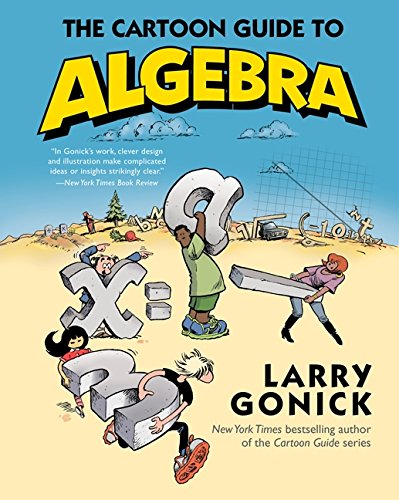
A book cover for The Cartoon Guide to Algebra (Cartoon Guide Series); Larry Gonick; Comics & Graphic Novels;